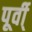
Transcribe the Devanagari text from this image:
पूर्वी्